65_HS1-834228961_62-HQ-83894_Serial_164
Agency: FBI
Page 103
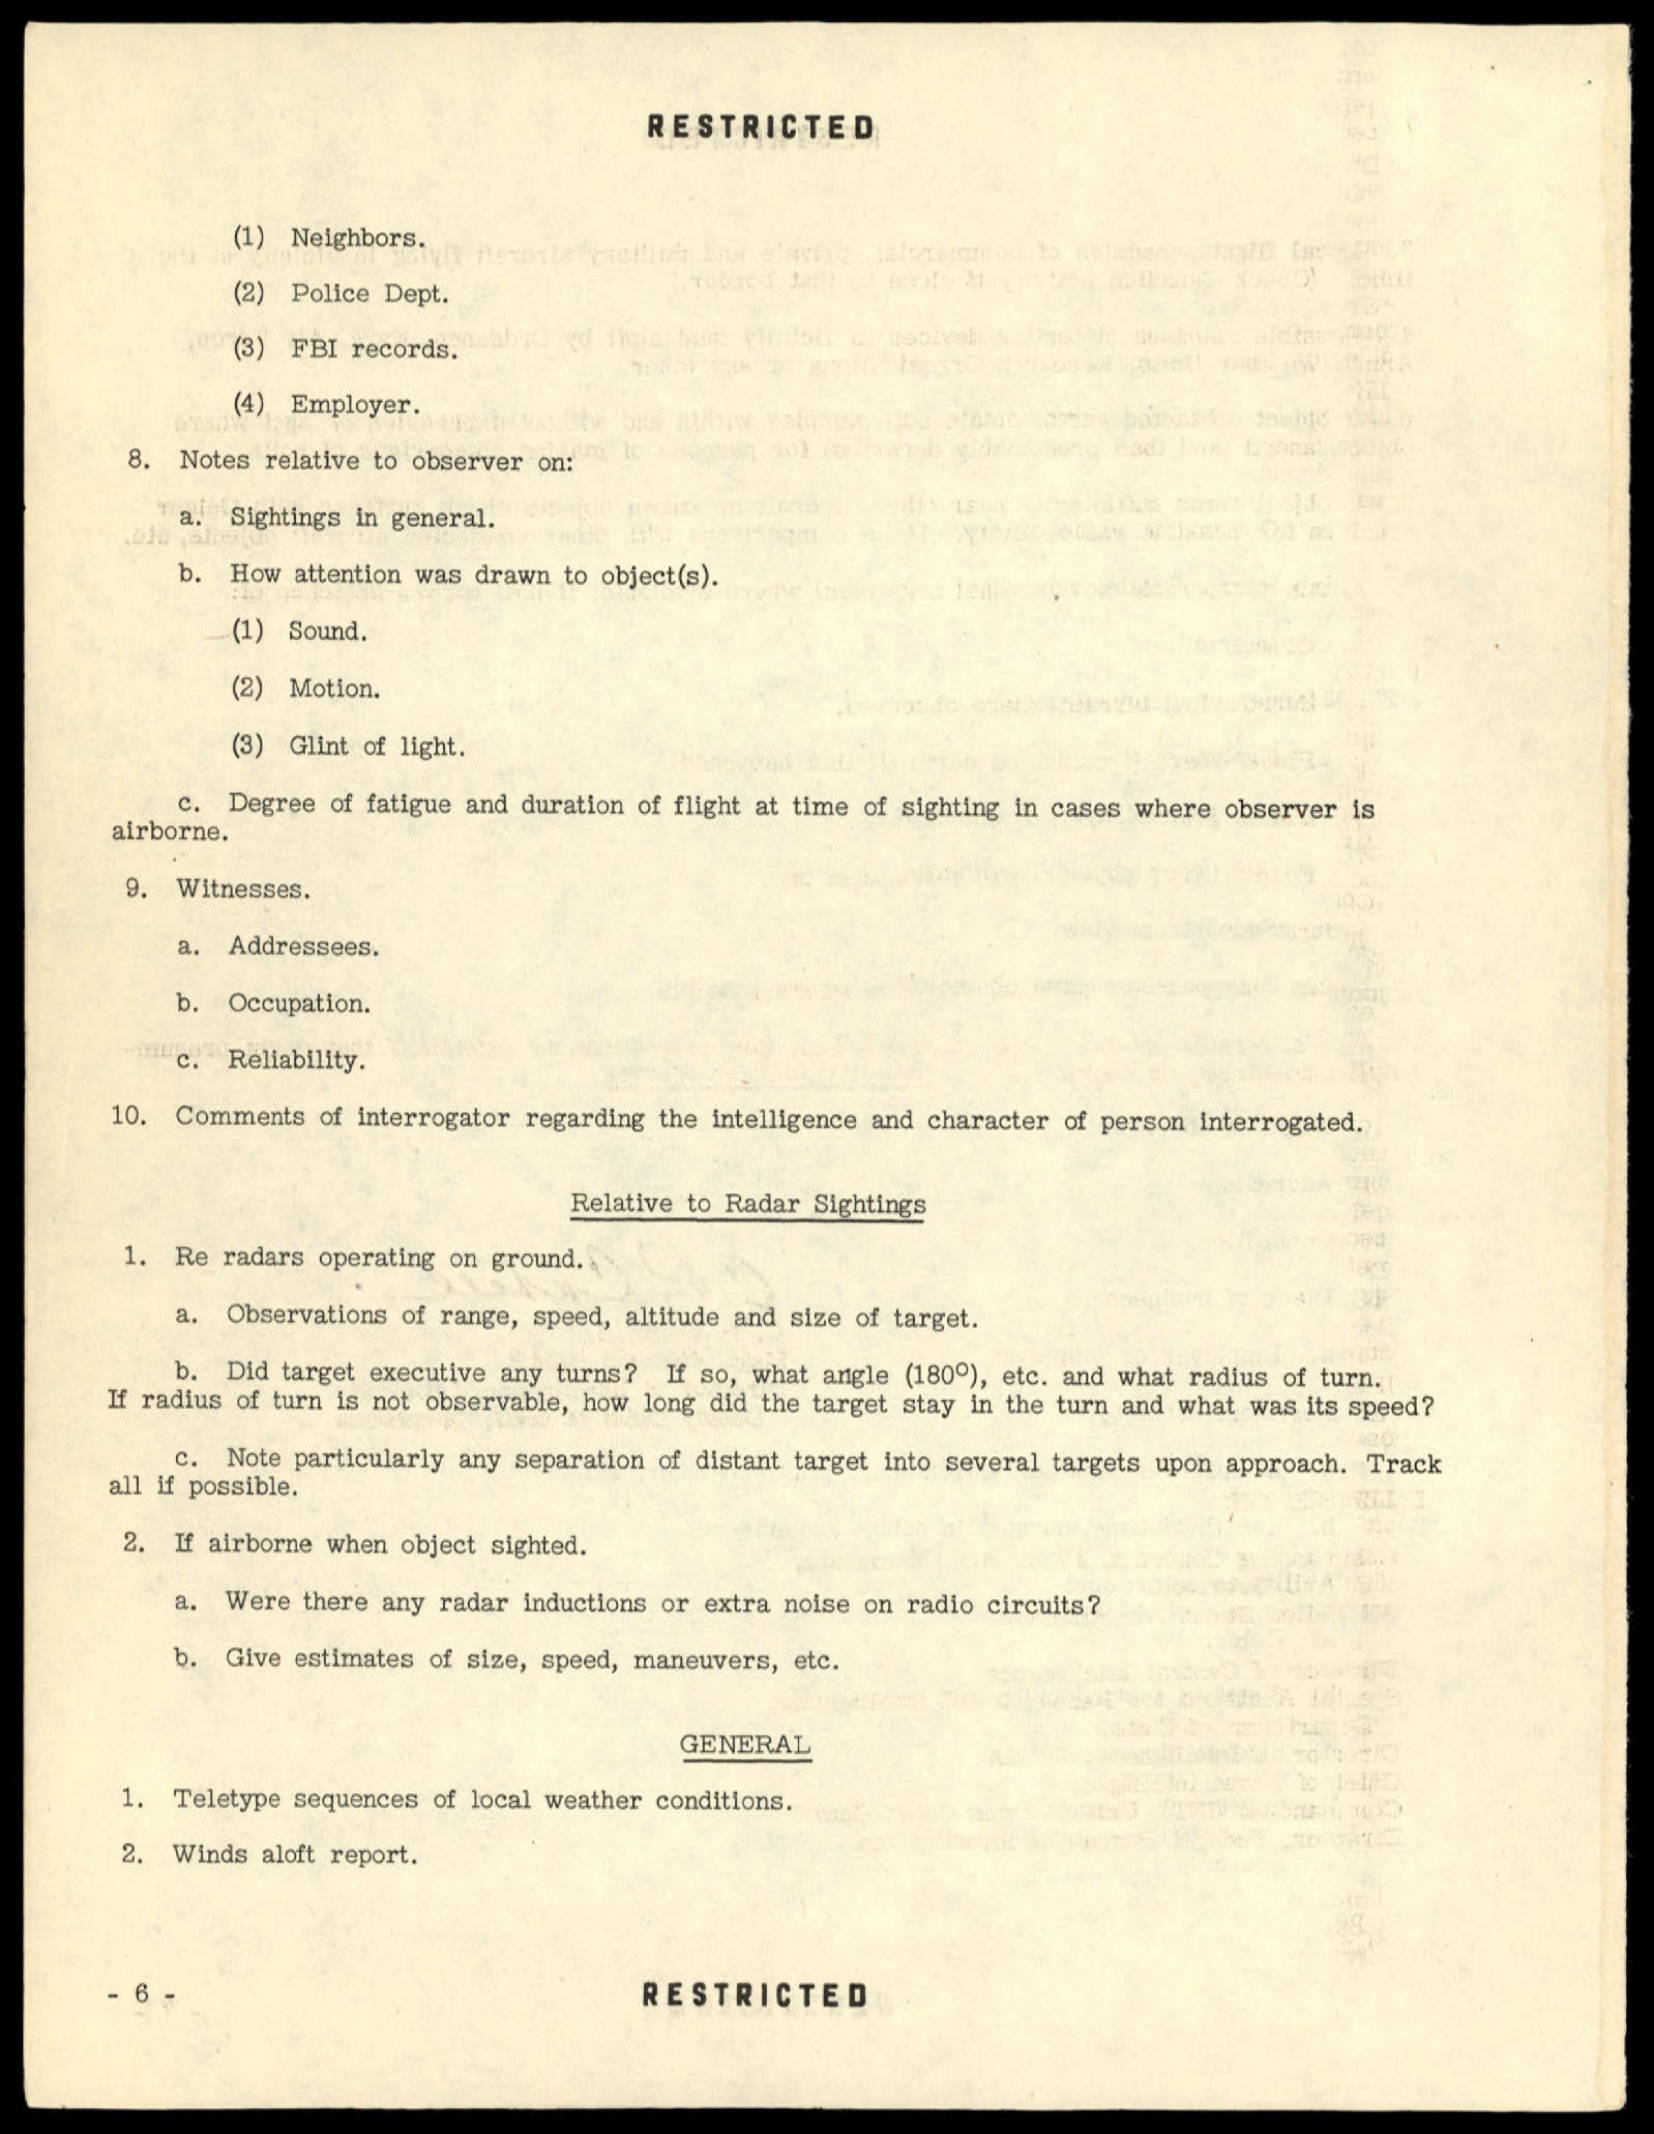